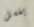
يغسل